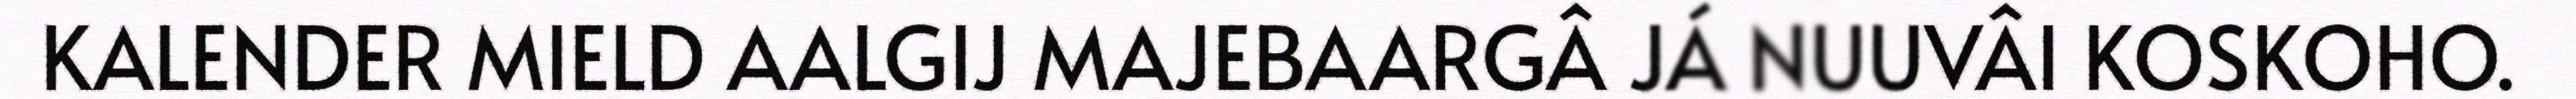
KALENDER MIELD AALGIJ MAJEBAARGÂ JÁ NUUVÂI KOSKOHO.